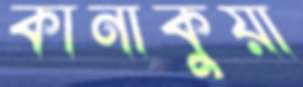
কানাকুয়া